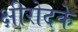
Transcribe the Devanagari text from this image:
क्षीरोदके